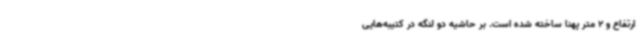
ارتفاع و 2 متر پهنا ساخته شده است. بر حاشیه دو لنگه در کتیبه‌هایی